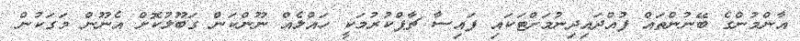
އާންމުންގެ ބޭނުންތައް ފުއްދައިދިނުމަށްޓަކައި ފައިސާ ޗާޕްކުރުމަކީ ހައްލެއް ނޫންކަން ގަބޫލުކޮށް އެނޫން މަގަކުން